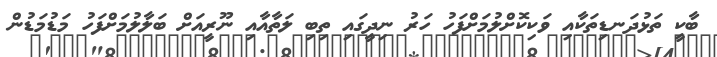
ބާކީ ތަޅުދަނޑިތަކާއި ވަކިކޮށްލުމަށްފަހު ހަރު ނިދީގައި ތިބި ލަތާއާއި ނޫރީއަށް ބަލާލުމަށްފަހު މަޑުމަޑުން